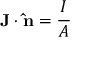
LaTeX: \mathbf { J } \cdot \mathbf { \hat { n } } = { \frac { I } { A } } \,